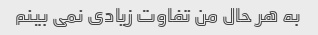
به هر حال من تفاوت زیادی نمی بینم